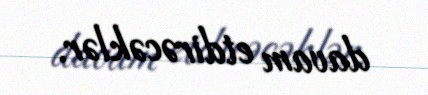
davam etdirəcəklər.